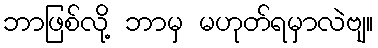
ဘာဖြစ်လို့ ဘာမှ မဟုတ်ရမှာလဲဗျ။